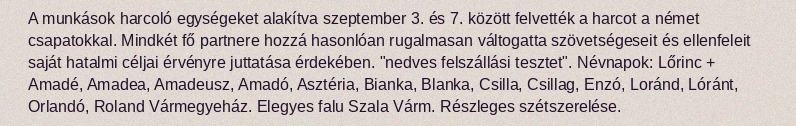
A munkások harcoló egységeket alakítva szeptember 3. és 7. között felvették a harcot a német csapatokkal. Mindkét fő partnere hozzá hasonlóan rugalmasan váltogatta szövetségeseit és ellenfeleit saját hatalmi céljai érvényre juttatása érdekében. "nedves felszállási tesztet". Névnapok: Lőrinc + Amadé, Amadea, Amadeusz, Amadó, Asztéria, Bianka, Blanka, Csilla, Csillag, Enzó, Loránd, Lóránt, Orlandó, Roland Vármegyeház. Elegyes falu Szala Várm. Részleges szétszerelése.